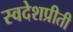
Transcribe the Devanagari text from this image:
स्वदेशप्रीती